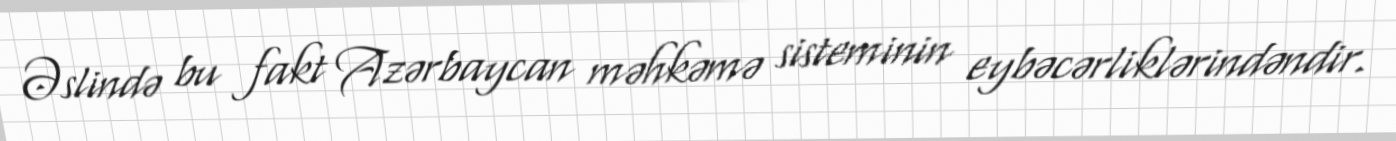
Əslində bu fakt Azərbaycan məhkəmə sisteminin eybəcərliklərindəndir.